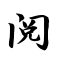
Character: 阅